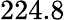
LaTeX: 224.8